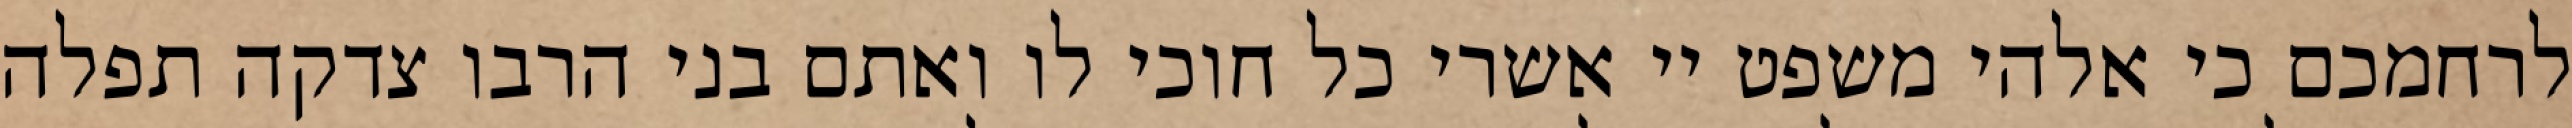
לרחמכם כי אלהי משפט יי אשרי כל חוכי לו ואתם בני הרבו צדקה תפלה